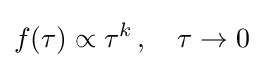
f(\tau )\propto \tau ^{k}\,,\quad \tau \to 0